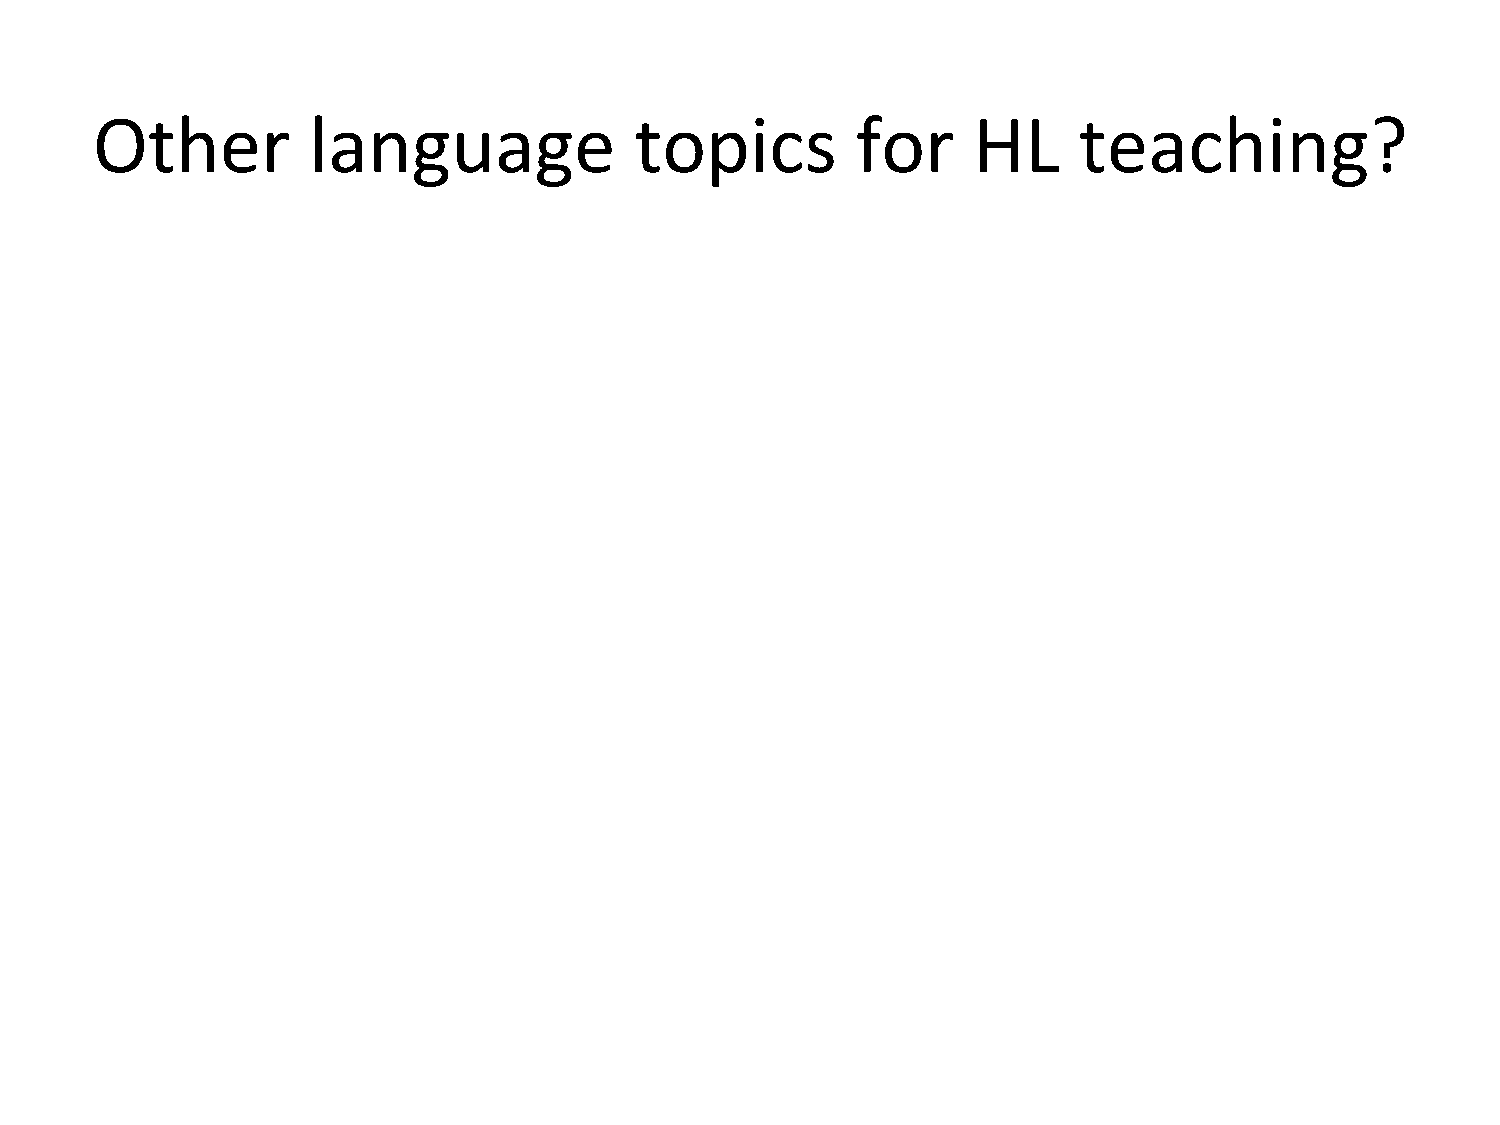
Other         language              topics         for    HL     teaching?